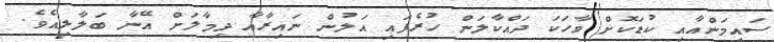
ސައިމަންއާއި ކުޑަކޮށް ވާހަކަ ދައްކާލަން ހުރެފައި އަލުން ނައިރާއާ ދިމާލަށް އޭނާ ބަލާލިއެވެ.